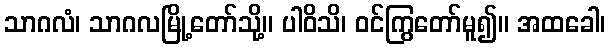
သာဂလံ၊ သာဂလမြို့တော်သို့။ ပါဝိသိ၊ ဝင်ကြွတော်မူ၍။ အထခေါ၊